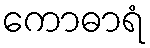
ကောဓာရံ